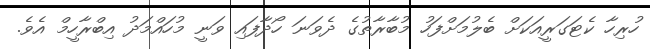
ހުރިހާ ކެޓަގަރީއަކަށް ބެލުމަށްފަހު މުބާރާތުގެ ދެވަނަ ހޯދާފައި ވަނީ މުހައްމަދު އިބްރާހީމް އެވެ.